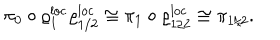
LaTeX: \pi _ { 0 } \circ \varrho _ { 1 } ^ { \mathrm { l o c } } \varrho _ { 1 / 2 } ^ { \mathrm { l o c } } \cong \pi _ { 1 } \circ \varrho _ { 1 / 2 } ^ { \mathrm { l o c } } \cong \pi _ { 1 / 2 } .